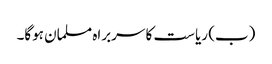
(ب) ریاست کا سربراہ مسلمان ہوگا۔